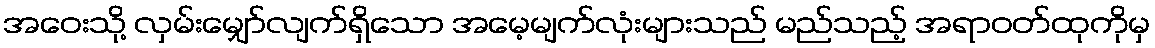
အဝေးသို့ လှမ်းမျှော်လျက်ရှိသော အမေ့မျက်လုံးများသည် မည်သည့် အရာဝတ်ထုကိုမှ